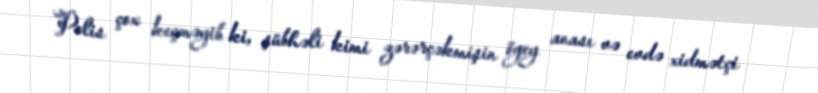
Polis çox keçməyib ki, şübhəli kimi zərərçəkmişin ögey anası və evdə xidmətçi